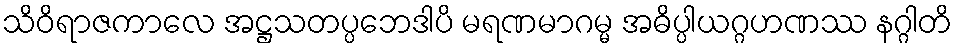
သိဝိရာဇကာလေ အဋ္ဌသတပ္ပဘေဒါပိ မရဏမာဂမ္မ အဓိပ္ပါယဂ္ဂဟဏဿ နဂ္ဂါတိ